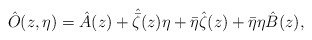
\begin{align*}\hat{O}(z,\eta)= \hat{A}(z) + \hat{\bar{\zeta}}(z) \eta+\bar{\eta} \hat{\zeta}(z) + \bar{\eta} \eta \hat{B}(z),\end{align*}